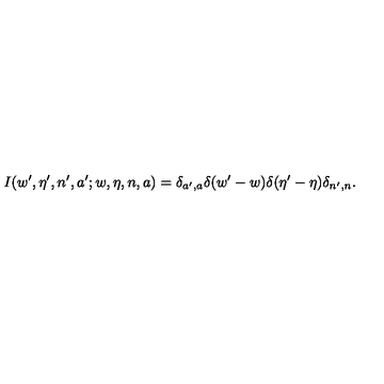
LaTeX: I ( w ^ { \prime } , \eta ^ { \prime } , n ^ { \prime } , a ^ { \prime } ; w , \eta , n , a ) = \delta _ { a ^ { \prime } , a } \delta ( w ^ { \prime } - w ) \delta ( \eta ^ { \prime } - \eta ) \delta _ { n ^ { \prime } , n } .